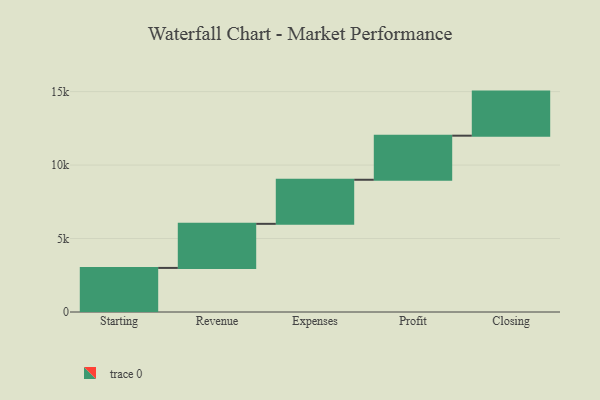
{"axis": {"x": "Step", "y": "Value"}, "legend": [""], "data": [{"x": "Starting", "y": 3000, "type": ""}, {"x": "Revenue", "y": 3000, "type": ""}, {"x": "Expenses", "y": 3000, "type": ""}, {"x": "Profit", "y": 3000, "type": ""}, {"x": "Closing", "y": 3000, "type": ""}]}